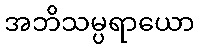
အဘိသမ္ပရာယော